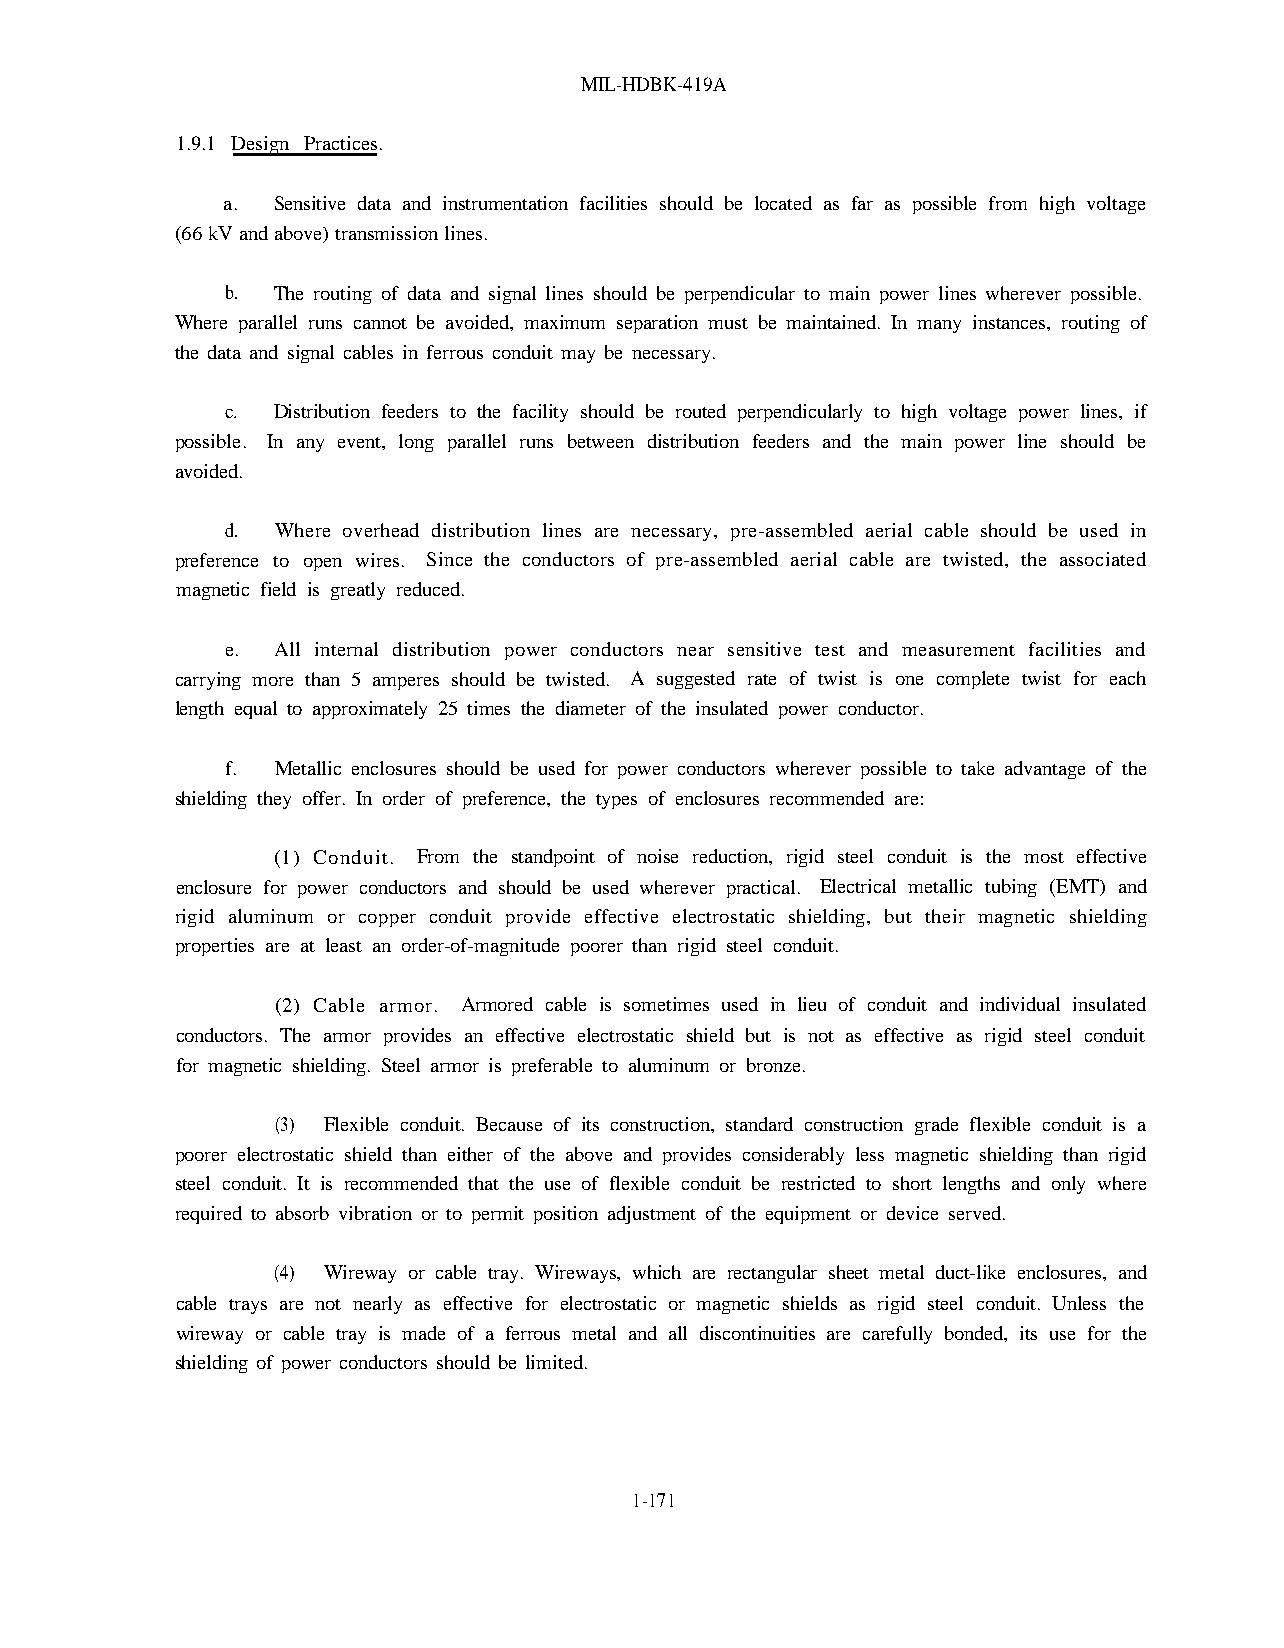
MIL-HDBK-419A
 1.9.1 Design Practices.
 a. Sensitive data and instrumentation facilities should be located as far as possible from high voltage
 (66 kV and above) transmission lines.
 b. The routing of data and signal lines should be perpendicular to main power lines wherever possible.
 Where parallel runs cannot be avoided, maximum separation must be maintained. In many instances, routing of
 the data and signal cables in ferrous conduit may be necessary.
 c. Distribution feeders to the facility should be routed perpendicularly to high voltage power lines, if
 possible. In any event, long parallel runs between distribution feeders and the main power line should be
 avoided.
 d. Where overhead distribution lines are necessary, pre-assembled aerial cable should be used in
 preference to open wires. Since the conductors of pre-assembled aerial cable are twisted, the associated
 magnetic field is greatly reduced.
 e. All internal distribution power conductors near sensitive test and measurement facilities and
 carrying more than 5 amperes should be twisted. A suggested rate of twist is one complete twist for each
 length equal to approximately 25 times the diameter of the insulated power conductor.
 f. Metallic enclosures should be used for power conductors wherever possible to take advantage of the
 shielding they offer. In order of preference, the types of enclosures recommended are:
 (1) Conduit. From the standpoint of noise reduction, rigid steel conduit is the most effective
 enclosure for power conductors and should be used wherever practical. Electrical metallic tubing (EMT) and
 rigid aluminum or copper conduit provide effective electrostatic shielding, but their magnetic shielding
 properties are at least an order-of-magnitude poorer than rigid steel conduit.
 (2) Cable armor. Armored cable is sometimes used in lieu of conduit and individual insulated
 conductors. The armor provides an effective electrostatic shield but is not as effective as rigid steel conduit
 for magnetic shielding. Steel armor is preferable to aluminum or bronze.
 (3) Flexible conduit. Because of its construction, standard construction grade flexible conduit is a
 poorer electrostatic shield than either of the above and provides considerably less magnetic shielding than rigid
 steel conduit. It is recommended that the use of flexible conduit be restricted to short lengths and only where
 required to absorb vibration or to permit position adjustment of the equipment or device served.
 (4) Wireway or cable tray. Wireways, which are rectangular sheet metal duct-like enclosures, and
 cable trays are not nearly as effective for electrostatic or magnetic shields as rigid steel conduit. Unless the
 wireway or cable tray is made of a ferrous metal and all discontinuities are carefully bonded, its use for the
 shielding of power conductors should be limited.
 1-171